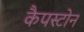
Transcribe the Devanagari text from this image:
कैपस्टोन